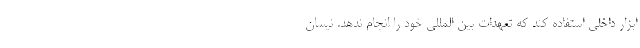
ابزار داخلی استفاده کند که تعهدات بین المللی خود را انجام ندهد. نیسان